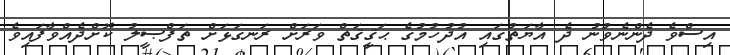
އިސްވެ ދެންނެވުނު ދެ އާޔަތުގައި އުދުހުމުގެ ޙަޤީޤަތް ވަރަށް ރަނގަޅަށް ތަފްޞީލު ކޮށްދެއްވާފައިވެ